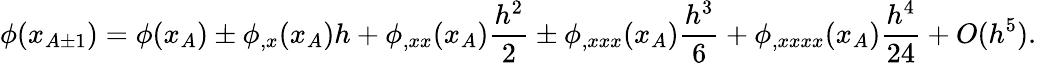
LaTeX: \phi(x_{A\pm 1})=\phi(x_{A})\pm\phi_{,x}(x_{A})h+\phi_{,xx}(x_{A})\frac{h^{2}}{2}\pm\phi_{,xxx}(x_{A})\frac{h^{3}}{6}+\phi_{,xxxx}(x_{A})\frac{h^{4}}{24}+O(h^{5}).